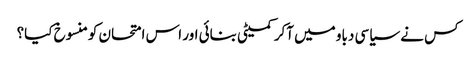
کس نے سیاسی دباو میں آکر کمیٹی بنائی اور اس امتحان کومنسوخ کیا؟